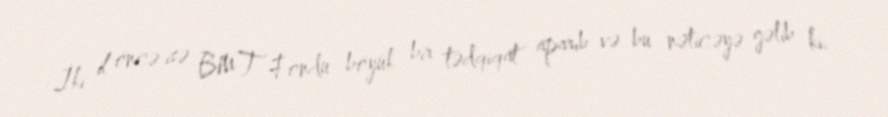
İki il öncə isə BMT Fondu böyük bir tədqiqat aparıb və bu nəticəyə gəlib ki,